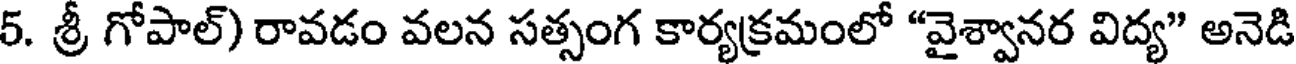
5. శ్రీ గోపాల్) రావడం వలన సత్సంగ కార్యక్రమంలో "వైశ్వానర విద్య" అనెడి